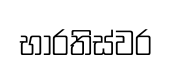
භාරතිස්වර